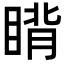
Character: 𬑜